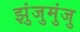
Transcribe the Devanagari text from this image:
झुंजुमुंजु